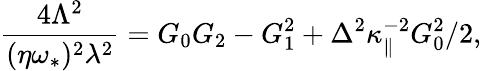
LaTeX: \frac{4\Lambda^{2}}{(\eta\omega_{\ast})^{2}\lambda^{2}}=G_{0}G_{2}-G_{1}^{2}+\Delta^{2}\kappa_{\| }^{-2}G_{0}^{2}/2,